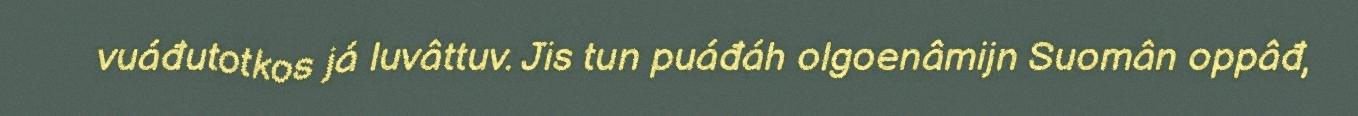
vuáđutotkos já luvâttuv. Jis tun puáđáh olgoenâmijn Suomân oppâđ,